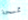
ممسحة